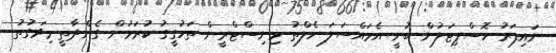
ނައިފަރު ހޮސްޕިޓަލުން ބުނީ އެމައްސަލަ ހެލްތު މިނިސްޓްރީން ތަހުގީގު ކުރަމުން ގެންދާތީ މިވަގުތު